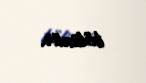
bölünür.